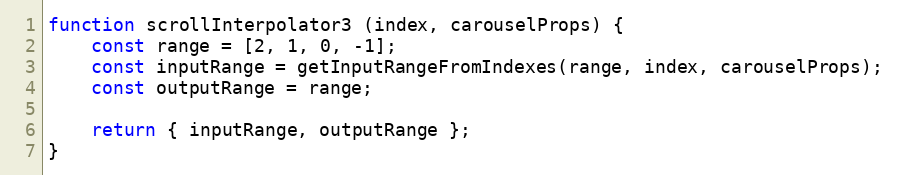
Language: JavaScript
function scrollInterpolator3 (index, carouselProps) {
    const range = [2, 1, 0, -1];
    const inputRange = getInputRangeFromIndexes(range, index, carouselProps);
    const outputRange = range;

    return { inputRange, outputRange };
}